Note on the mental hospitals in Burma - 1925-1940
Year: 1925
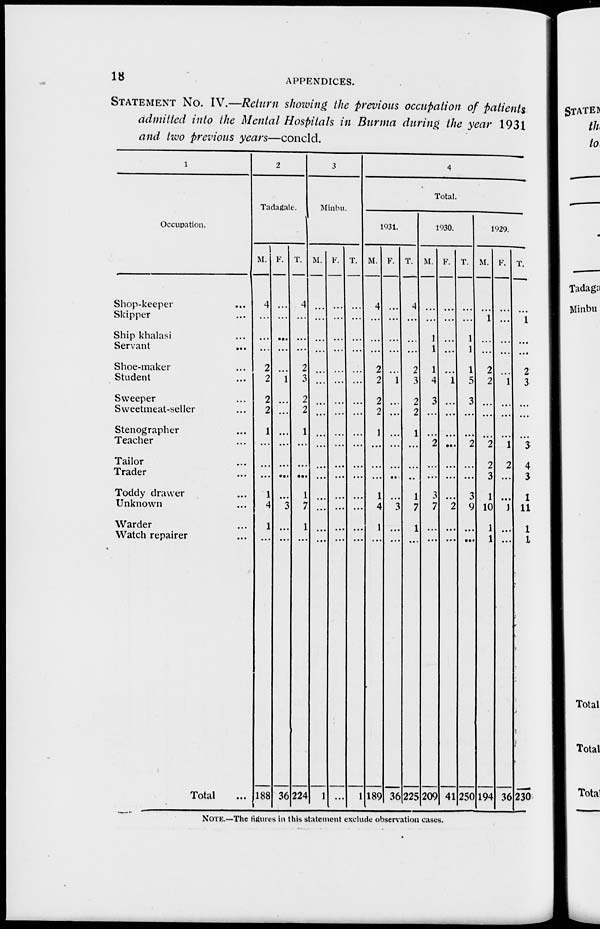
18
APPENDICES.
STATEMENT NO. IV.—Return showing the previous occupation of patients
admitted into the Mental Hospitals in Burma during the year 1931
and two previous years—concld.
1
Occupation.
Shop-keeper ...
Skipper ...
Ship khalasi ...
Servant ...
Shoe-maker ...
Student ...
Sweeper ...
Sweetmeat-seller ...
Stenographer ...
Teacher ...
Tailor ...
Trader ...
Toddy drawer ...
Unknown ...
Warder ...
Watch repairer ...
Total ...
2
Tadagale.
M.
4
...
...
...
2
2
2
2
1
...
...
...
1
4
1
...
188
F.
...
...
...
...
...
1
...
...
...
...
...
...
...
3
...
...
36
T.
4
...
...
...
2
3
2
2
1
...
...
...
1
7
1
...
224
3
Minbu.
M.
...
...
...
...
...
...
...
...
...
...
...
...
...
...
...
...
1
F.
...
...
...
...
...
...
...
...
...
...
...
...
...
...
...
...
...
T.
...
...
...
...
...
...
...
...
...
...
...
...
...
...
...
...
1
4
Total.
1931.
M.
4
...
...
...
2
2
2
2
1
...
...
...
1
4
1
...
189
F.
...
...
...
...
...
1
...
...
...
...
...
...
...
3
...
...
36
T.
4
...
...
...
2
3
2
2
1
...
...
...
1
7
1
...
225
1930.
M.
...
...
1
1
1
4
3
...
...
2
...
...
3
7
...
...
209
F.
...
...
...
...
...
1
...
...
...
...
...
...
...
2
...
...
41
T.
...
...
1
1
1
5
3
...
...
2
...
...
3
9
...
...
250
1929.
M.
...
1
...
...
2
2
...
...
...
2
2
3
1
10
1
1
194
F.
...
...
...
...
...
1
...
...
...
1
2
...
...
1
...
...
36
T.
...
1
...
...
2
3
...
...
...
3
4
3
1
11
1
1
230
NOTE.—The figures in this statement exclude observation cases.